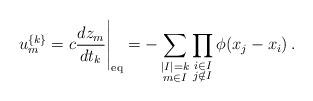
LaTeX: \begin{align*}\displaystyle{ u^{\{k\}}_m=c\frac{dz_m}{dt_k}\Bigg|_{\rm eq}=-\sum\limits_{\substack{|I|=k\\ m\in I}}\prod\limits_{\substack{i\in I\\j\notin I}}\phi(x_j-x_i)\,. }\end{align*}